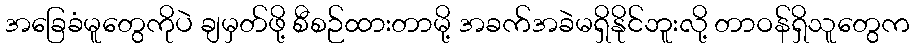
အခြေခံမူတွေကိုပဲ ချမှတ်ဖို့ စီစဉ်ထားတာမို့ အခက်အခဲမရှိနိုင်ဘူးလို့ တာဝန်ရှိသူတွေက